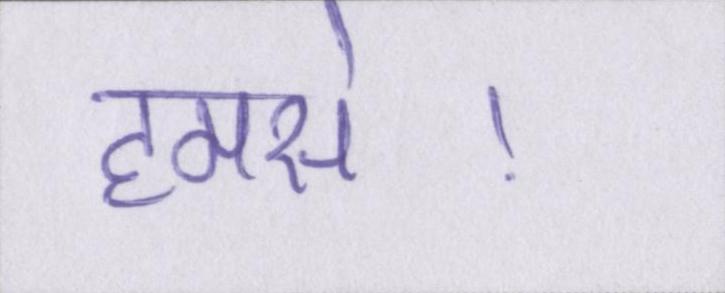
हमसे।